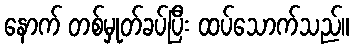
နောက် တစ်မှုတ်ခပ်ပြီး ထပ်သောက်သည်။